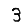
Digit: 3